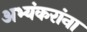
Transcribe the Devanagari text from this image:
अभ्यंकरांना